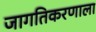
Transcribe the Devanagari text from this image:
जागतिकरणाला